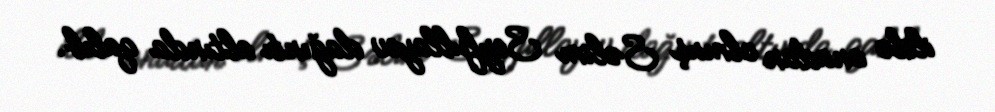
ildə anadan olmuş Səlim Seyfullayev dağıntı altında qalıb.